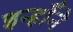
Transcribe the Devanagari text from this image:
इन्होँने